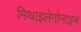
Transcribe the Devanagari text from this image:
मिथाइलेगोनाइन